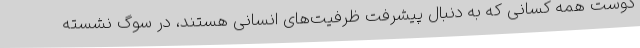
دوست همه کسانی که به دنبال پیشرفت ظرفیت‌های انسانی هستند، در سوگ نشسته